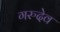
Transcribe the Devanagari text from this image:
गरुदेव